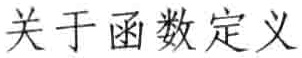
关于函数定义